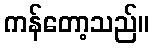
ကန်တော့သည်။